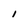
Character: l